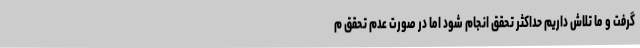
گرفت و ما تلاش داریم حداکثر تحقق انجام شود اما در صورت عدم تحقق م